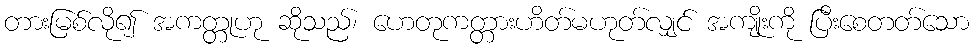
တားမြစ်လို၍ အကတ္တုဟု ဆိုသည်၊ ဟေတုကတ္တားဟိတ်မဟုတ်လျှင် အကျိုးကို ပြီးစေတတ်သော